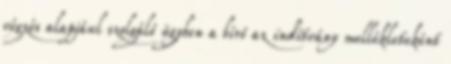
végzés alapjául szolgáló ügyben a bíró az indítvány mellékleteként